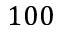
1 0 0